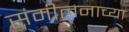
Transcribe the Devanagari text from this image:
संमीलनाच्या